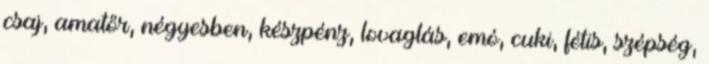
csaj, amatőr, négyesben, készpénz, lovaglás, emó, cuki, fétis, szépség,